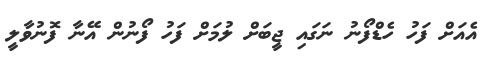
އެއަށް ފަހު ހެޑްފޯނު ނަގައި ޖީބަށް ލުމަށް ފަހު ފޯނުން އޭނާ ފޮނުވާލީ